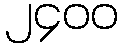
၂၄၀၀